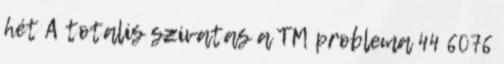
hét A totalis szivatas a TM problema 44 6076